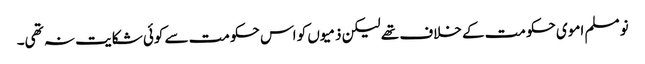
نو مسلم اموی حکومت کے خلاف تھے لیکن ذمیوں کو اس حکومت سے کوئی شکایت نہ تھی۔